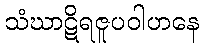
သံဃာဋိရဇူပဝါဟနေ